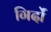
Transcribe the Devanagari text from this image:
गिर्दों